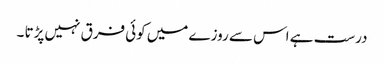
درست ہے اس سے روزے میں کوئی فرق نہیں پڑتا ۔